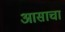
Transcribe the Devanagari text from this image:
आसाचा